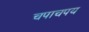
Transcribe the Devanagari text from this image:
चपाचपय